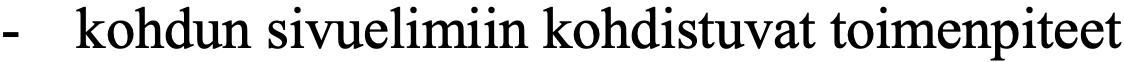
-  kohdun sivuelimiin kohdistuvat toimenpiteet